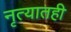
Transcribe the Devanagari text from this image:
नृत्यातही